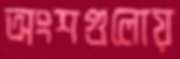
অংশগুলোয়